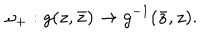
\omega _ { + } : g ( z , \bar { z } ) \to g ^ { - 1 } ( \bar { z } , z ) .